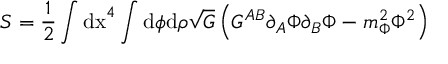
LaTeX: S = \frac { 1 } { 2 } \int \mathrm { d x } ^ { 4 } \int \mathrm { d } \phi \mathrm { d } \rho \sqrt { G } \left( G ^ { A B } \partial _ { A } \Phi \partial _ { B } \Phi - m _ { \Phi } ^ { 2 } \Phi ^ { 2 } \right)